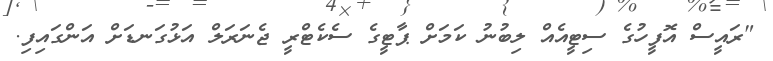
"ރައީސް އޮފީހުގެ ސިޓީއެއް ލިބުނު ކަމަށް ޕާޓީގެ ސެކެޓްރީ ޖެނަރަލް އަޅުގަނޑަށް އަންގައިފި.